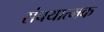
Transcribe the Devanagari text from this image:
संचयात्मक